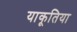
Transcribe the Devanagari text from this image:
याकूतिया